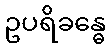
ဥပရိခန္ဓေ